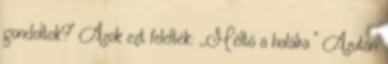
gondoltok?'' Azok ezt felelték: ,,Méltó a halálra '' Azután